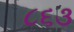
૮૬૩